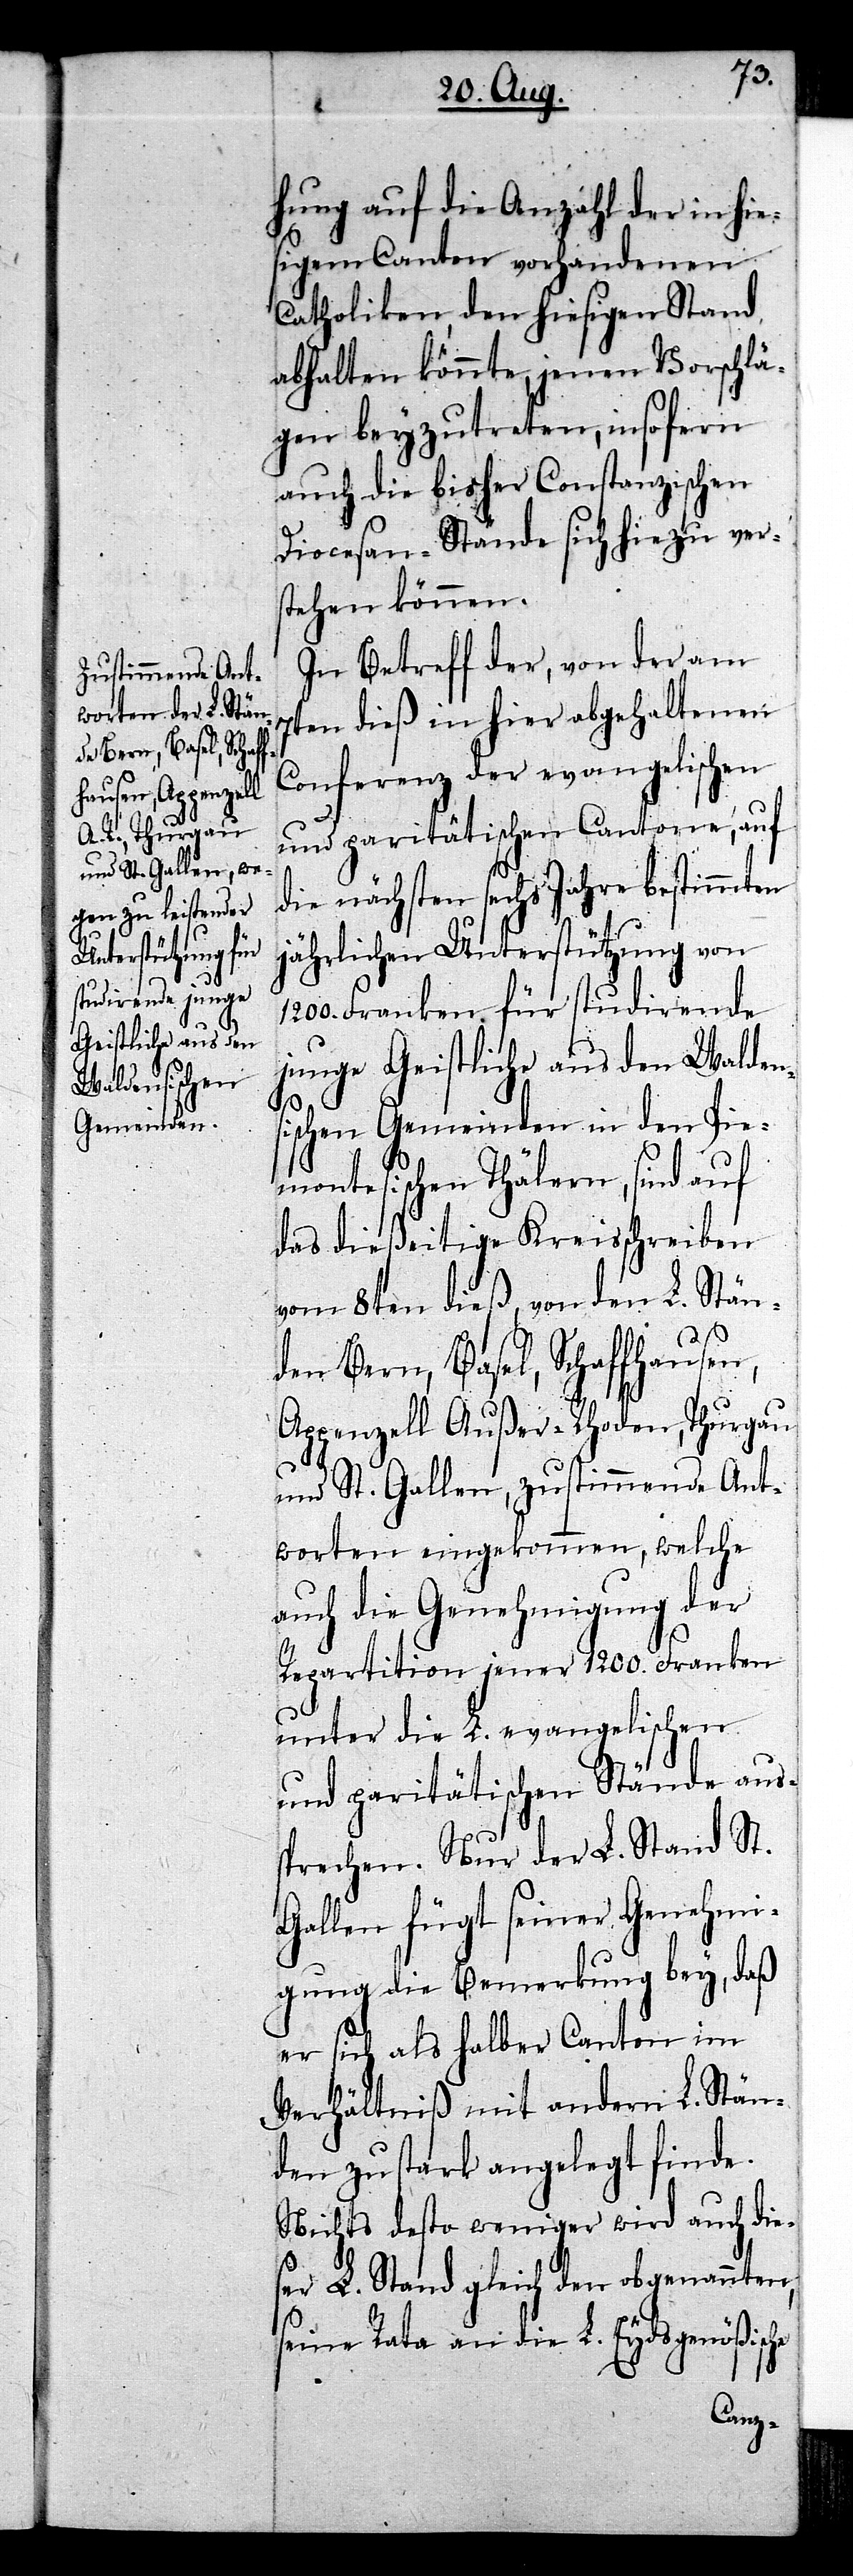
he

hung auf die Anzahl der in hie¬
sigem Canton vorhandenen
Catholiken, den hiesigen Stand
abhalten könnte, jenen Vorschlä¬
gen beyzutreten, insofern
auch die bisher Constanzischen
Diocesan-Stände sich hiezu ver¬
stehen können.
In Betreff der, von der am
7ten dieß in hier abgehaltenen
Conferenz der evangelischen
und paritätischen Cantone, auf
die nächsten sechs Jahre bestimmten
jährlichen Unterstützung von
1200. Franken für studirende
junge Geistliche aus den Walden¬
ischen Gemeinden in den Pie¬
montesischen Thälern, sind auf
das dießeitige Kreisschreiben
vom 8ten dieß, von den L. Stän¬
den Bern, Basel, Schaffhausen,
Appenzell Außer-Rhoden, Thurgau
und St. Gallen, zustimmende Ant¬
worten eingekommen, welche
auch die Genehmigung der
Repartition jener 1200. Franken
unter die L. evangelischen
und paritätischen Stände aus¬
sprechen. Nur der L. Stand St.
Gallen fügt seiner Genehmi¬
gung die Bemerkung bey, daß
er sich als halber Canton im
Verhältniß mit andern L. Stän¬
den zu stark angelegt finde.
Nichts desto weniger wird auch die¬
ser L. Stand gleich den obgenannten,
seine Rata an die L. Eydsgenößisc¬